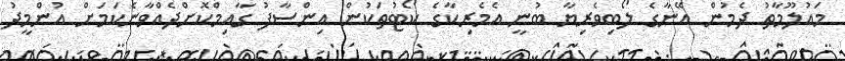
މައުލޫމާތު ދެމުން އޭނާގެ ލޯބިވެރިޔާ ބުނީ އެމެރިކާގެ ކޯޓުތަކުން އިންސާފު ގާއިމްކޮށްދެއްވާނެކަމަށް އުންމީދު